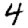
Digit: 4